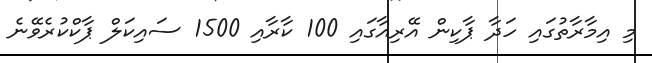
މި އިމާރާތުގައި ހަދާ ޕާކިން އޭރިއާގައި 100 ކާރާއި 1500 ސައިކަލް ޕާކްކުރެވޭނެ